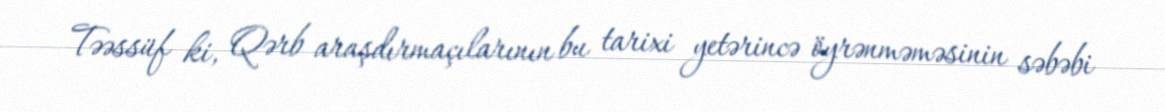
Təəssüf ki, Qərb araşdırmaçılarının bu tarixi yetərincə öyrənməməsinin səbəbi